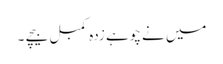
میں نے چوہے زدہ کمبل بیچے ۔